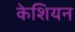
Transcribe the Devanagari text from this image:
केशियन